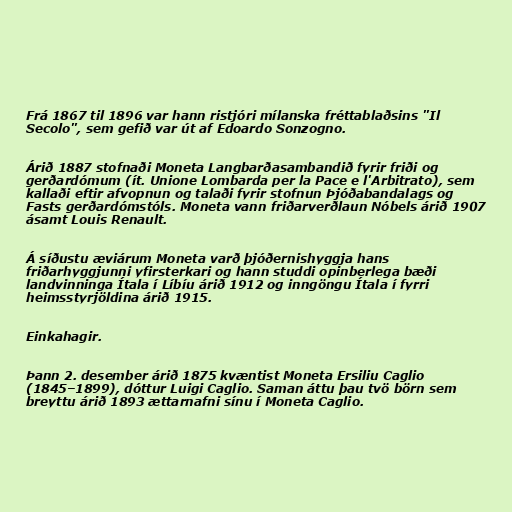
Frá 1867 til 1896 var hann ristjóri mílanska fréttablaðsins "Il
Secolo", sem gefið var út af Edoardo Sonzogno.

Árið 1887 stofnaði Moneta Langbarðasambandið fyrir friði og
gerðardómum (ít. Unione Lombarda per la Pace e l'Arbitrato), sem
kallaði eftir afvopnun og talaði fyrir stofnun Þjóðabandalags og
Fasts gerðardómstóls. Moneta vann friðarverðlaun Nóbels árið 1907
ásamt Louis Renault.

Á síðustu æviárum Moneta varð þjóðernishyggja hans
friðarhyggjunni yfirsterkari og hann studdi opinberlega bæði
landvinninga Ítala í Líbíu árið 1912 og inngöngu Ítala í fyrri
heimsstyrjöldina árið 1915.

Einkahagir.

Þann 2. desember árið 1875 kvæntist Moneta Ersiliu Caglio
(1845–1899), dóttur Luigi Caglio. Saman áttu þau tvö börn sem
breyttu árið 1893 ættarnafni sínu í Moneta Caglio.